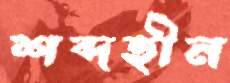
শব্দহীন